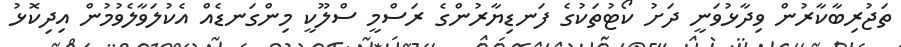
ތަޖުރިބާކާރުން ވިދާޅުވަނީ ދަށު ކޯޓުތަކުގެ ފަނޑިޔާރުންގެ ރަސްމީ ސްލޫކީ މިންގަނޑެއް އެކުލަވާލެވުމުން އިދިކޮޅު